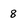
Character: 8